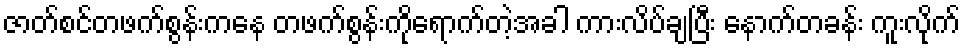
ဇာတ်စင်တဖက်စွန်းကနေ တဖက်စွန်းကိုရောက်တဲ့အခါ ကားလိပ်ချပြီး နောက်တခန်း ကူးလိုက်